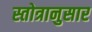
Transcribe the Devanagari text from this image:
स्तोत्रानुसार